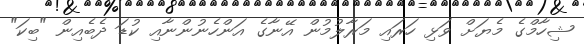
ޝިހާމްގެ މެޔަށް ވަޅި ހަރައި މަރާލުމުން އޭނާގެ އަންހެނުންނާއި ކުޑަ ދެބެއިން "ބިކަ"